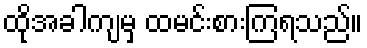
ထိုအခါကျမှ ထမင်းစားကြရသည်။